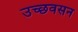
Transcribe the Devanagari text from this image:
उच्छवसन